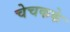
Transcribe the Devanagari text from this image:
चेचकके